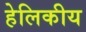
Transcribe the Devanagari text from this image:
हेलिकीय